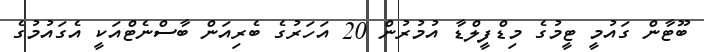
ބޫޓާން ގައުމީ ޓީމުގެ މިޑްފީލްޑާ އުމުރުން 20 އަހަރުގެ ބެރިއަން ބާސްނެޓްއަކީ އެގައުމުގެ